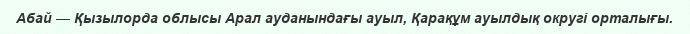
Абай — Қызылорда облысы Арал ауданындағы ауыл, Қарақұм ауылдық округі орталығы.